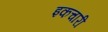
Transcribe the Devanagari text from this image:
इकचारी